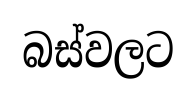
බස්වලට